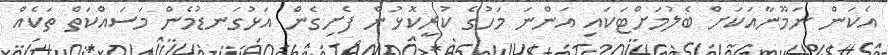
އެކަން ނަމޫނާއަކަށް ބެލުމަށްޓަކައި އަންނަ މަހުގެ ކުރީކޮޅުން ފެށިގެން އަޅުގަނޑުމެން މަސައްކަތް ތަކެއް